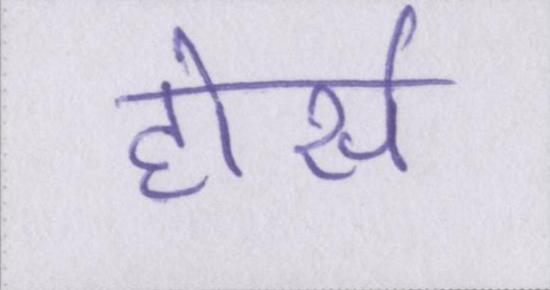
होर्स